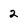
Character: 2